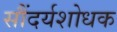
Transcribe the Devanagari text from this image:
सौंदर्यशोधक